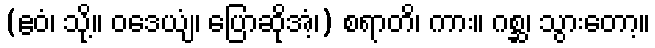
(ဧဝံ၊ သို့။ ဝဒေယျံ၊ ပြောဆိုအံ့၊) စရာတိ၊ ကား။ ဂစ္ဆ၊ သွားတော့။